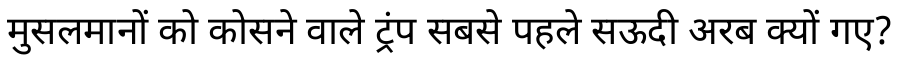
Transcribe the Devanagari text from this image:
मुसलमानों को कोसने वाले ट्रंप सबसे पहले सऊदी अरब क्यों गए?